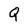
Character: Q